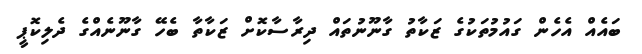
ބައެއް އެހެން ގައުމުތަކުގެ ޒަކާތު ގާނޫނުތައް ދިރާސާކޮށް ޒަކާތާ ބެހޭ ގާނޫނެއްގެ ދެލިކޮޕީ